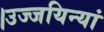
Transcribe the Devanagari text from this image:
।उज्जयिन्यां